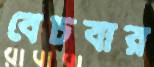
বেচবার